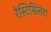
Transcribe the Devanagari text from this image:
रेस्टिसिलेटा